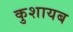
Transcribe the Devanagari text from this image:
कुशायब